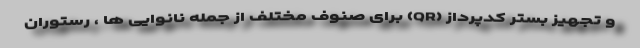
و تجهیز بستر کدپرداز (QR) برای صنوف مختلف از جمله نانوایی ها ، رستوران